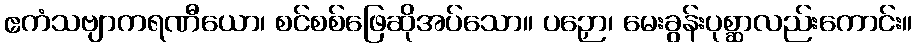
ဧကံသဗျာကရဏီယော၊ စင်စစ်ဖြေဆိုအပ်သော။ ပဉှော၊ မေးခွန်းပုစ္ဆာလည်းကောင်း။